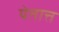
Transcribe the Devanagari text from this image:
येतात्त